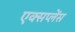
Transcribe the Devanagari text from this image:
एक्सप्लेंस